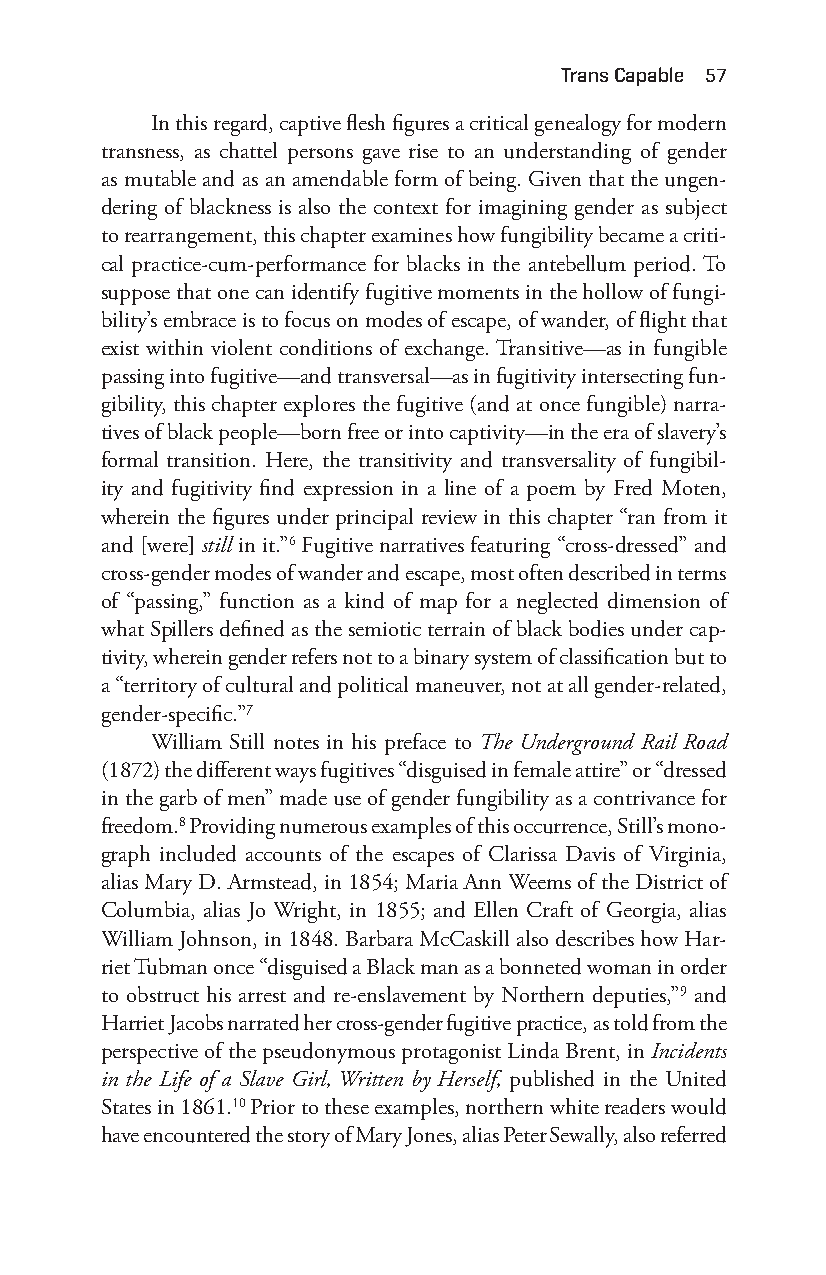
trans capable 57
 In this regard, captive flesh figures a critical genealogy for modern
 transness, as chattel persons gave rise to an understanding of gender
 as mutable and as an amendable form of being. Given that the ungen-
 dering of blackness is also the context for imagining gender as subject
 to rearrangement, this chapter examines how fungibility became a criti-
 cal practice- cum- performance for blacks in the antebellum period. To
 suppose that one can identify fugitive moments in the hollow of fungi-
 bility’s embrace is to focus on modes of escape, of wander, of flight that
 exist within violent conditions of exchange. Transitive—a s in fungible
 passing into fugitive— and transversal— as in fugitivity intersecting fun-
 gibility, this chapter explores the fugitive (and at once fungible) narra-
 tives of black people— born free or into captivity—i n the era of slavery’s
 formal transition. Here, the transitivity and transversality of fungibil-
 ity and fugitivity find expression in a line of a poem by Fred Moten,
 wherein the figures under principal review in this chapter “ran from it
 and [were] still in it.”6 Fugitive narratives featuring “cross- dressed” and
 cross- gender modes of wander and escape, most often described in terms
 of “passing,” function as a kind of map for a neglected dimension of
 what Spillers defined as the semiotic terrain of black bodies under cap-
 tivity, wherein gender refers not to a binary system of classification but to
 a “territory of cultural and political maneuver, not at all gender- related,
 gender- specific.”7
 William Still notes in his preface to The Underground Rail Road
 (1872) the different ways fugitives “disguised in female attire” or “dressed
 in the garb of men” made use of gender fungibility as a contrivance for
 freedom.8 Providing numerous examples of this occurrence, Still’s mono-
 graph included accounts of the escapes of Clarissa Davis of Virginia,
 alias Mary D. Armstead, in 1854; Maria Ann Weems of the District of
 Columbia, alias Jo Wright, in 1855; and Ellen Craft of Georgia, alias
 William Johnson, in 1848. Barbara McCaskill also describes how Har-
 riet Tubman once “disguised a Black man as a bonneted woman in order
 to obstruct his arrest and re- enslavement by Northern deputies,”9 and
 Harriet Jacobs narrated her cross-g ender fugitive practice, as told from the
 perspective of the pseudonymous protagonist Linda Brent, in Incidents
 in the Life of a Slave Girl, Written by Herself, published in the United
 States in 1861.10 Prior to these examples, northern white readers would
 have encountered the story of Mary Jones, alias Peter Sewally, also referred
 Snorton.indd 57                             29/09/2017 8:41:00 AM